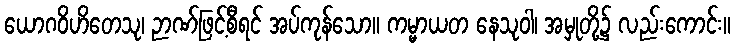
ယောဂဝိဟိတေသု၊ ဉာဏ်ဖြင့်စီရင် အပ်ကုန်သော။ ကမ္မာယတ နေသုဝါ၊ အမှုတို့၌ လည်းကောင်း။